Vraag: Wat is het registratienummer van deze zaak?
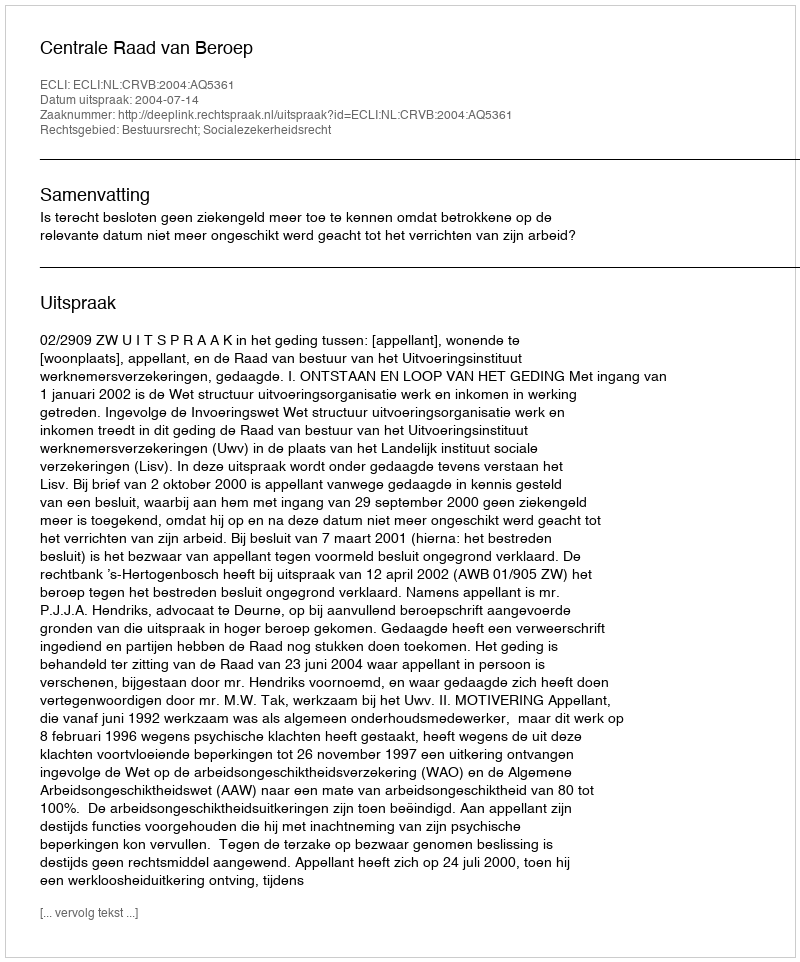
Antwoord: http://deeplink.rechtspraak.nl/uitspraak?id=ECLI:NL:CRVB:2004:AQ5361